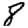
Digit: 8